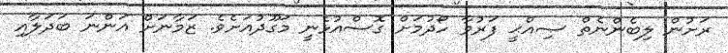
ރަށުން ލިބެންނެތް ޞިއްޙީ ފަރުވާ ހޯދުމަށް ގޮސްއުޅެނީ މަގޫދުއަށެވެ. ޒަމާނަށް އަންނަ ބަދަލާއި